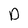
Character: D